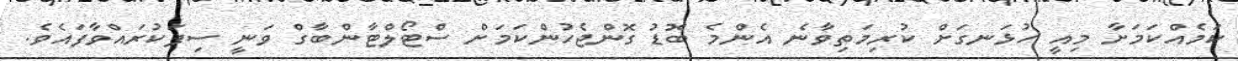
ކަމެއްކަމަށާ މިއީ ހުޅަނގަށް ކުރިމަތިވާނެ އެންމެ ބޮޑު ގޮންޖެހުންކަމަށް ސްޓޯލްޓާންބާގް ވަނީ ސިފަކުރައްވާފައެވެ.